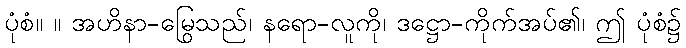
ပုံစံ။ ။ အဟိနာ-မြွေသည်၊ နရော-လူကို၊ ဒဋ္ဌော-ကိုက်အပ်၏၊ ဤ ပုံစံ၌